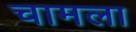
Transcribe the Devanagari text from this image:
चामला